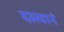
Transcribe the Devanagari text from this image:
दस्त्यानं